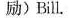
励)Bill.